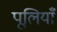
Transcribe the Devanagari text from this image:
पूलियाँ